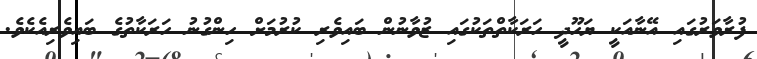
ފުރާވަރުގައި އޭނާއަކީ ޔަހޫދީ ހަރަކާތްތަކުގައި ޒުވާނުން ބައިވެރި ކުރުމަށް ހިންގުނު ހަރަކާތުގެ ބައިވެރިއެކެވެ.